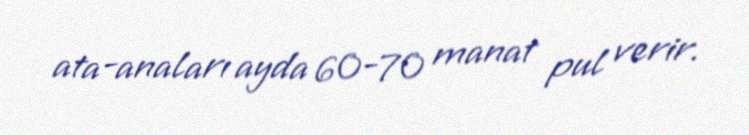
ata-anaları ayda 60-70 manat pul verir.